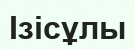
Ізісұлы